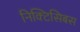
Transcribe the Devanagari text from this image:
निक्टिसिबस